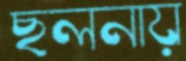
ছলনায়